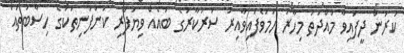
ކުރަން ދީފައިވާ މުއްދަތު މިހާރު ހަމަވެފައިވާއިރު ސަރުކާރުގެ ބައެއް ވިޔަފާރި ކުންފުނިތަކުގެ ހިސާބުތައް